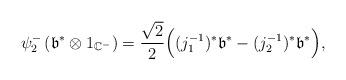
LaTeX: \begin{align*}\begin{aligned}\psi^{-}_{2}\left(\mathfrak{b}^{*}\otimes 1_{\mathbb{C}^{-}}\right)=\frac{\sqrt{2}}{2}\Big((j_{1}^{-1})^{*}\mathfrak{b}^{*} -(j_{2}^{-1})^{*}\mathfrak{b}^{*}\Big),\end{aligned}\end{align*}